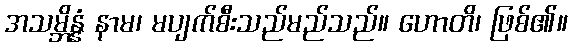
အသမ္ဘိန္နံ နာမ၊ မပျက်စီးသည်မည်သည်။ ဟောတိ၊ ဖြစ်၏။